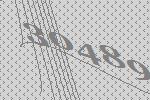
30489